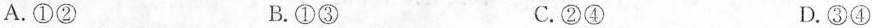
A.①② B.①③ C.②④ D.③④